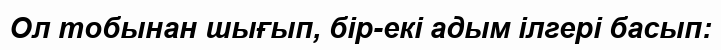
Ол тобынан шығып, бір-екі адым ілгері басып: